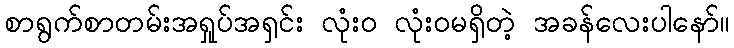
စာရွက်စာတမ်းအရှုပ်အရှင်း လုံးဝ လုံးဝမရှိတဲ့ အခန်လေးပါနော်။